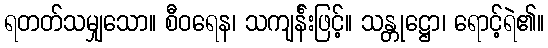
ရတတ်သမျှသော။ စီဝရေန၊ သကျင်္န်းဖြင့်။ သန္တုဋ္ဌော၊ ရောင့်ရဲ၏။